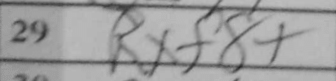
Transcription: Rxf8+